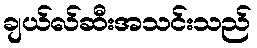
ချယ်လ်ဆီးအသင်းသည်